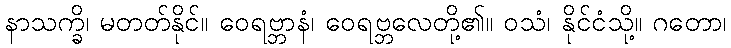
နာသက္ခိ၊ မတတ်နိုင်။ ဝေရဗ္ဘာနံ၊ ဝေရဗ္ဘလေတို့၏။ ဝသံ၊ နိုင်ငံသို့။ ဂတော၊